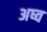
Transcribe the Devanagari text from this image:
अष्व